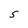
Character: S